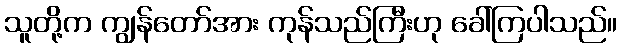
သူတို့က ကျွန်တော်အား ကုန်သည်ကြီးဟု ခေါ်ကြပါသည်။